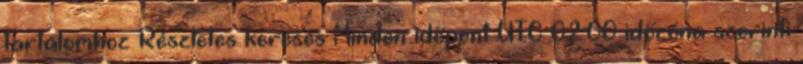
tartalomhoz Részletes keresés Minden időpont UTC 02:00 időzóna szerinti